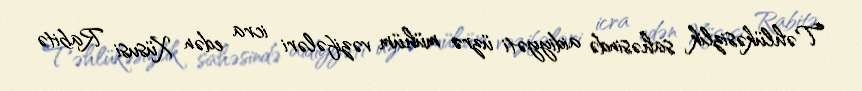
Təhlükəsizlik sahəsində aidiyyəti üzrə mühüm vəzifələri icra edən Xüsusi Rabitə